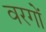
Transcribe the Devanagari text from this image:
वरगों